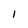
Character: l